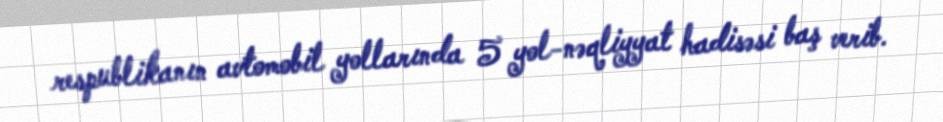
respublikanın avtomobil yollarında 5 yol-nəqliyyat hadisəsi baş verib.